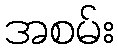
အစမ်း